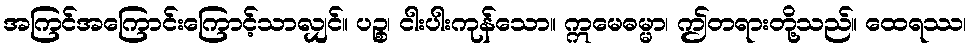
အကြင်အကြောင်းကြောင့်သာလျှင်။ ပဉ္စ၊ ငါးပါးကုန်သော။ ဣမေဓမ္မာ၊ ဤတရားတို့သည်။ ထေရဿ၊